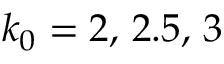
k _ { 0 } = 2 , \, 2 . 5 , \, 3